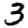
Digit: 3